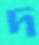
দ